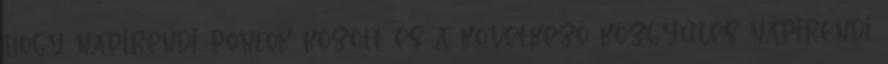
hogy napirendi pontok között és a következő közgyűlés napirendi